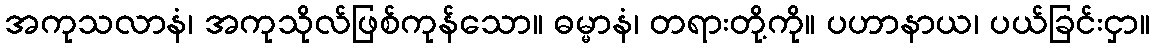
အကုသလာနံ၊ အကုသိုလ်ဖြစ်ကုန်သော။ ဓမ္မာနံ၊ တရားတို့ကို။ ပဟာနာယ၊ ပယ်ခြင်းငှာ။